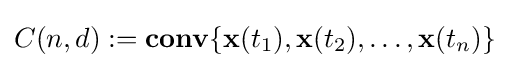
C(n,d):=\mathbf {conv} \{\mathbf {x} (t_{1}),\mathbf {x} (t_{2}),\ldots ,\mathbf {x} (t_{n})\}